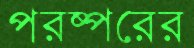
পরষ্পরের